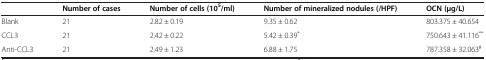
<table><thead><tr><td>[EMPTY_CELL]</td><td><b>Number of cases</b></td><td><b>Number of cells (10<sup>5</sup>/ml)</b></td><td><b>Number of mineralized nodules (/HPF)</b></td><td><b>OCN (μg/L)</b></td></tr></thead><tbody><tr><td>Blank</td><td>21</td><td>2.82 ± 0.19</td><td>9.35 ± 0.62</td><td>803.375 ± 40.654</td></tr><tr><td>CCL3</td><td>21</td><td>2.42 ± 0.22</td><td>5.42 ± 0.39<sup>*</sup></td><td>750.643 ± 41.116<sup>**</sup></td></tr><tr><td>Anti-CCL3</td><td>21</td><td>2.49 ± 1.23</td><td>6.88 ± 1.75</td><td>787.358 ± 32.063<sup>#</sup></td></tr></tbody></table>